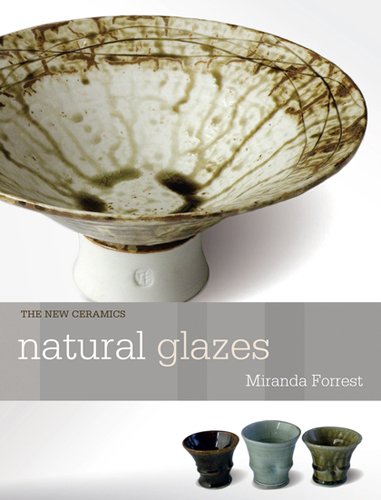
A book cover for Natural Glazes: Collecting and Making (The New Ceramics); Miranda Forrest; Crafts, Hobbies & Home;